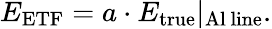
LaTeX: E_{\mathrm{ETF}}=a\cdot E_{\mathrm{true}}|_{\mathrm{Al\ line}}.